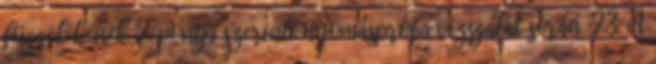
függelékének 2. pontja szerinti nyomáspróba vizsgálat során. 2.3. A